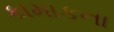
કામાકના